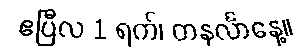
ဧပြီလ 1 ရက်၊ တနင်္လာနေ့။